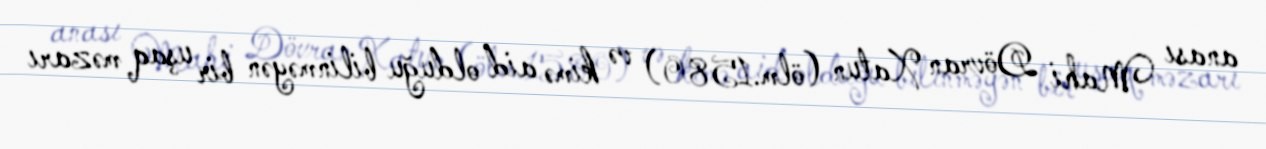
anası Mahi Dövran Xatun (ölm.1580) və kimə aid olduğu bilinməyən bir uşaq məzarı